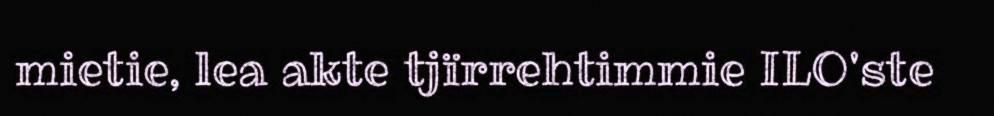
mietie, lea akte tjïrrehtimmie ILO'ste